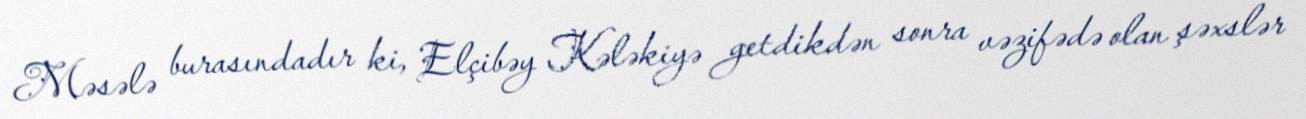
Məsələ burasındadır ki, Elçibəy Kələkiyə getdikdən sonra vəzifədə olan şəxslər